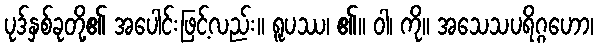
ပုဒ်နှစ်ခုတို့၏ အပေါင်းဖြင့်လည်း။ ရူပဿ၊ ၏။ ဝါ၊ ကို။ အသေသပရိဂ္ဂဟော၊